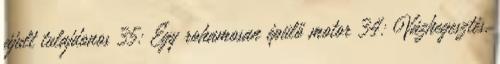
ájult tulajdonos 35: Egy rohamosan épülő motor 34: Vázhegesztés,